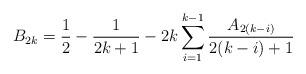
LaTeX: \begin{align*}B_{2k}= \frac12 - \frac1{2k+1} - 2k \sum_{i=1}^{k-1}\frac{A_{2(k-i)}}{2(k - i) + 1}\end{align*}